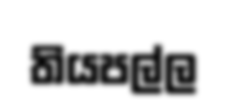
තියපල්ල